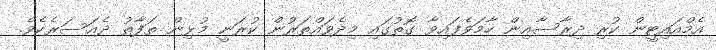
އެމްއައިޓީން ކުރި ދިރާސާއިން ހާމަވެފައިވާ ގޮތުގައި މިދެވައްތަރުން ކުރަނީ މުޅިން ތަފާތު ދެއަސަރެކެވެ.